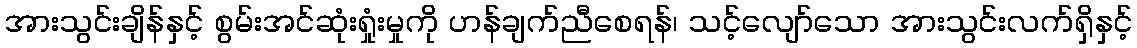
အားသွင်းချိန်နှင့် စွမ်းအင်ဆုံးရှုံးမှုကို ဟန်ချက်ညီစေရန်၊ သင့်လျော်သော အားသွင်းလက်ရှိနှင့်